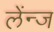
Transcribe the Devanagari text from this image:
लेंन्ज